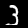
Label: 3